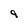
Character: 9